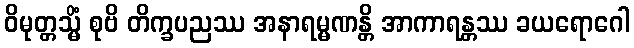
ဝိမုတ္တသ္မိံ စုဗိ တိက္ခပညဿ အနာရမ္မဏန္တိ အာကာရန္တဿ ခယရောဂေါ